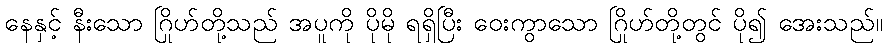
နေနှင့် နီးသော ဂြိုဟ်တို့သည် အပူကို ပိုမို ရရှိပြီး ဝေးကွာသော ဂြိုဟ်တို့တွင် ပို၍ အေးသည်။